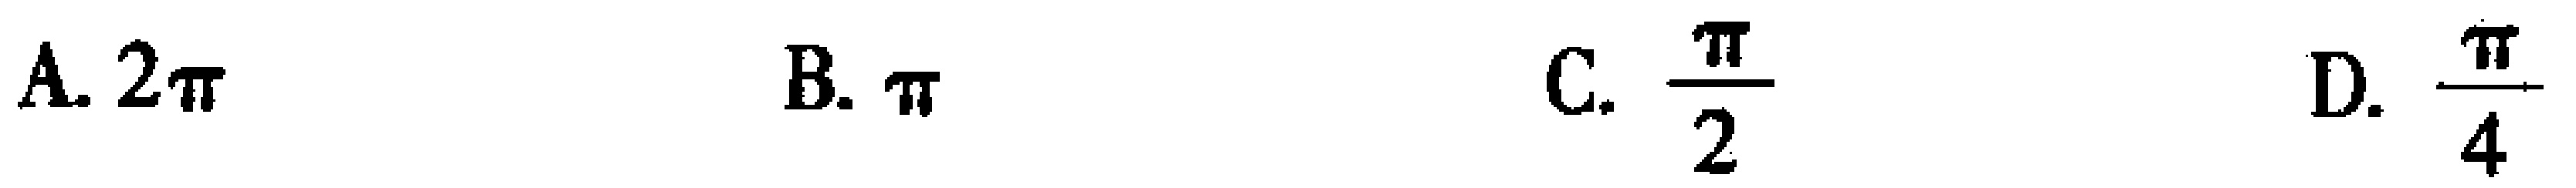
A. \(2\pi\)  B. \(\pi\)  C. \(\frac{\pi}{2}\)  D. \(\frac{\pi}{4}\)